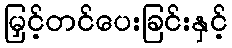
မြှင့်တင်ပေးခြင်းနှင့်